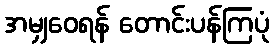
အမျှဝေရန် တောင်းပန်ကြပုံ